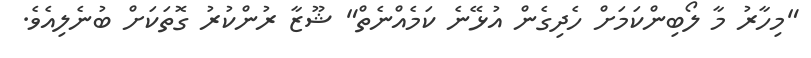
"މިހާރު މާ ލޯބިންކަމަށް ހެދިގެން އުޅޭނެ ކަމެއްނެތް" ޝޫޒާ ރުންކުރު ގޮތަކަށް ބުނެލިއެވެ.